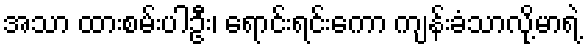
အသာ ထားစမ်းပါဦး၊ ရောင်းရင်းကော ကျန်းခံသာလို့မာရဲ့